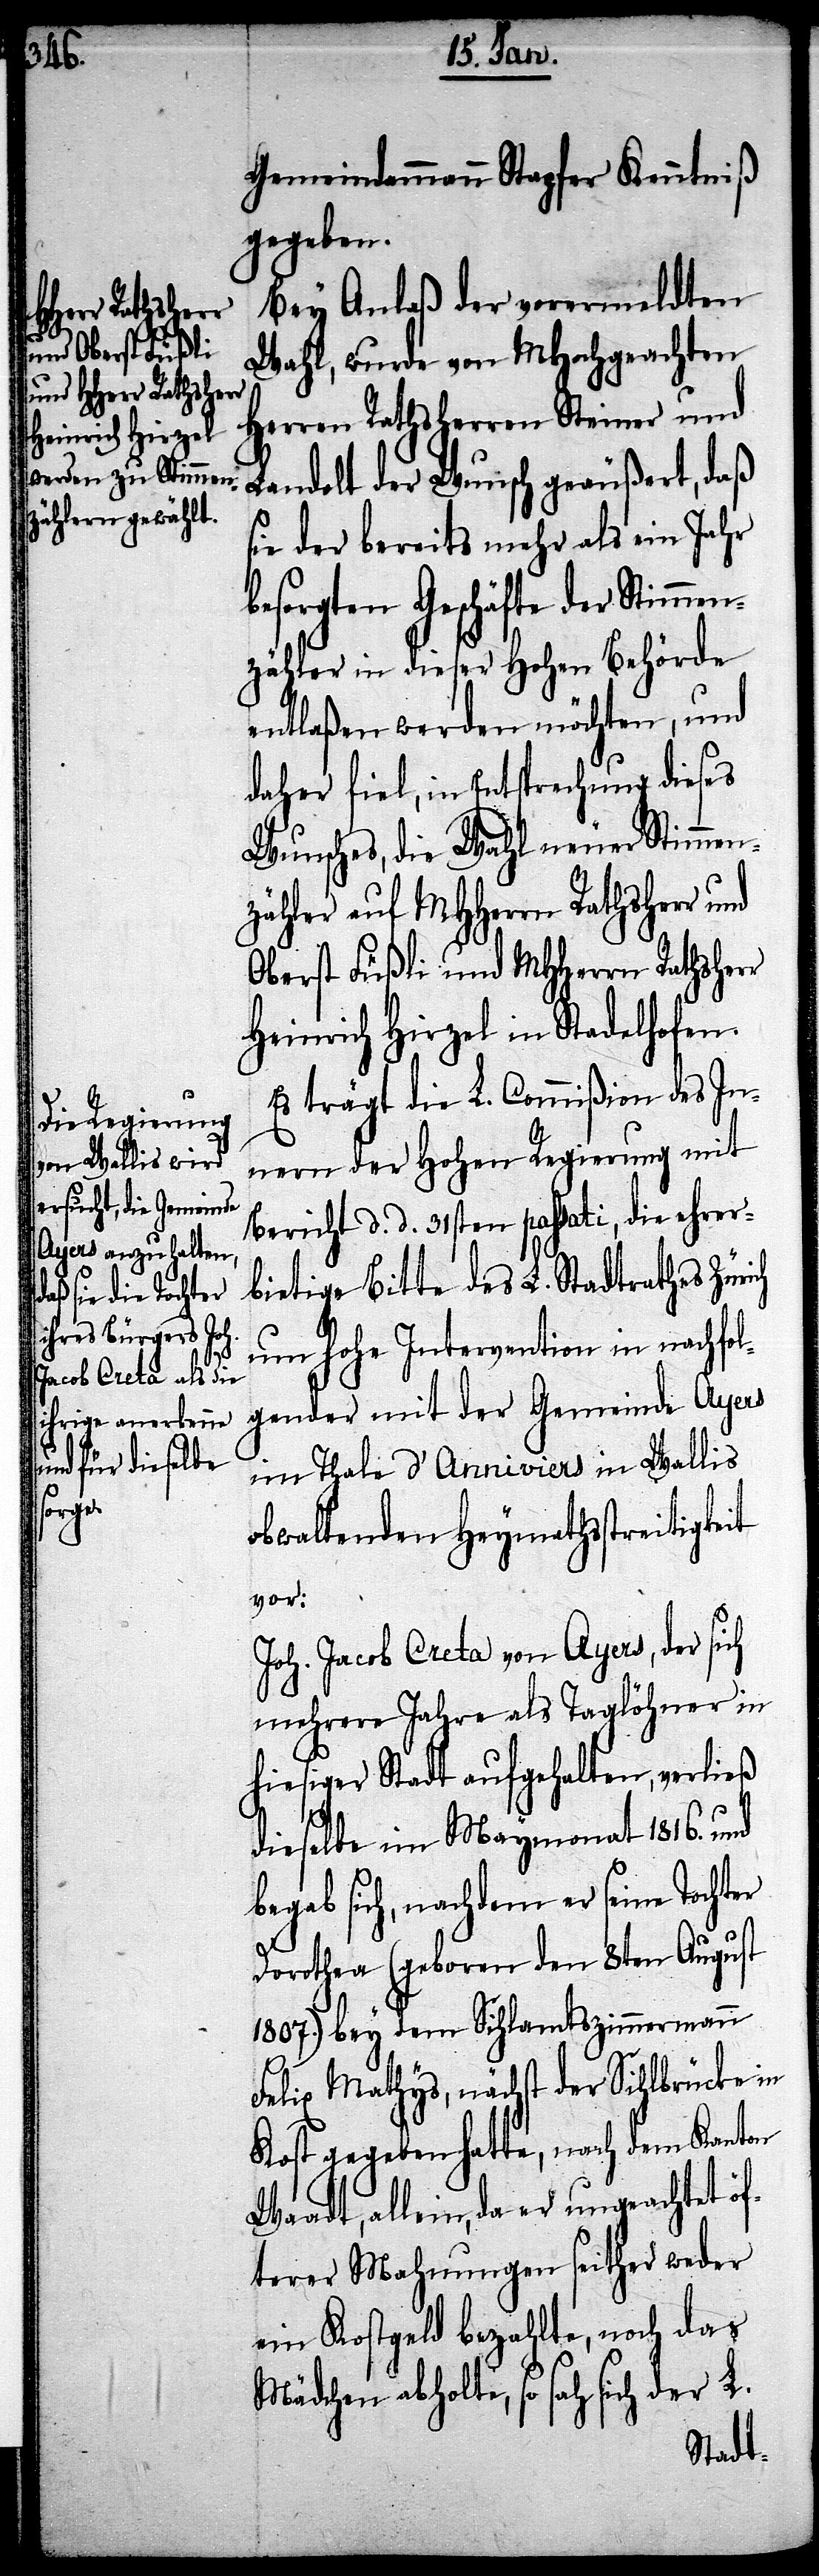
Gemeindammann Stapfer Kenntniß
gegeben.
Bey Anlaß der vorermeldten
Wahl, wurde von MHochgeachten
Herren Rathsherren Steiner und
Landolt der Wunsch geäußert, daß
sie der bereits mehr als ein Jahr
besorgten Geschäfte der Stimmen¬
zähler in dieser Hohen Behörde
entlaßen werden möchten, und
daher fiel, in Entsprechung dieses
Wunsches, die Wahl neuer Stimmen¬
zähler auf MHHerren Rathsherr und
Oberst Füßli und MHHerrn Rathsherr
Heinrich Hirzel in Stadelhofen.
Es trägt die L. Commißion des In¬
nern der Hohen Regierung mit
Bericht d. d. 31sten passati, die ehrer¬
bietige Bitte des L. Stadtrathes Zürich
um hohe Intervention in nachfol¬
gender mit der Gemeinde Ayers
im Thale d’Anniviers in Wallis
obwaltenden Heymathstreitigkeit
vor:
Joh. Jacob Creta von Ayers, der sich
mehrere Jahre als Taglöhner in
hiesiger Stadt aufgehalten, verließ
dieselbe im Maymonat 1816. und
begab sich, nachdem er seine Tochter
Dorothea (geboren den 8ten August
1807.) bey dem Sihlamtszimmermann
Felix Mathys, nächst der Sihlbrücke in
Kost gegeben hatte, nach dem Kanton
Waadt, allein, da er ungeachtet ö¬
fterer Mahnungen seither weder
ein Kostgeld bezahlte, noch das
Mädchen abholte, so sah sich der L.